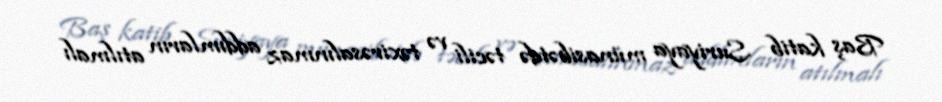
Baş katib Suriyaya münasibətdə təcili və təxirəsalınmaz addımların atılmalı